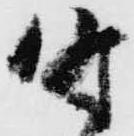
時